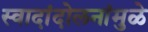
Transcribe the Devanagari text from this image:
स्वादांदोलनांमुळे